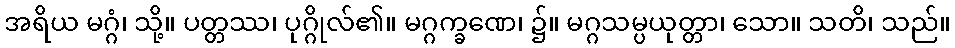
အရိယ မဂ္ဂံ၊ သို့။ ပတ္တဿ၊ ပုဂ္ဂိုလ်၏။ မဂ္ဂက္ခဏေ၊ ၌။ မဂ္ဂသမ္ပယုတ္တာ၊ သော။ သတိ၊ သည်။